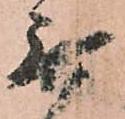
無